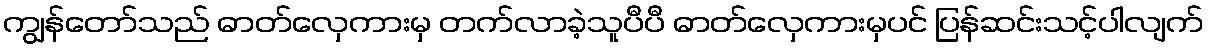
ကျွန်တော်သည် ဓာတ်လှေကားမှ တက်လာခဲ့သူပီပီ ဓာတ်လှေကားမှပင် ပြန်ဆင်းသင့်ပါလျက်